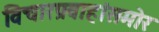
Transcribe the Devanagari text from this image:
विचारप्रवाहांसमोर